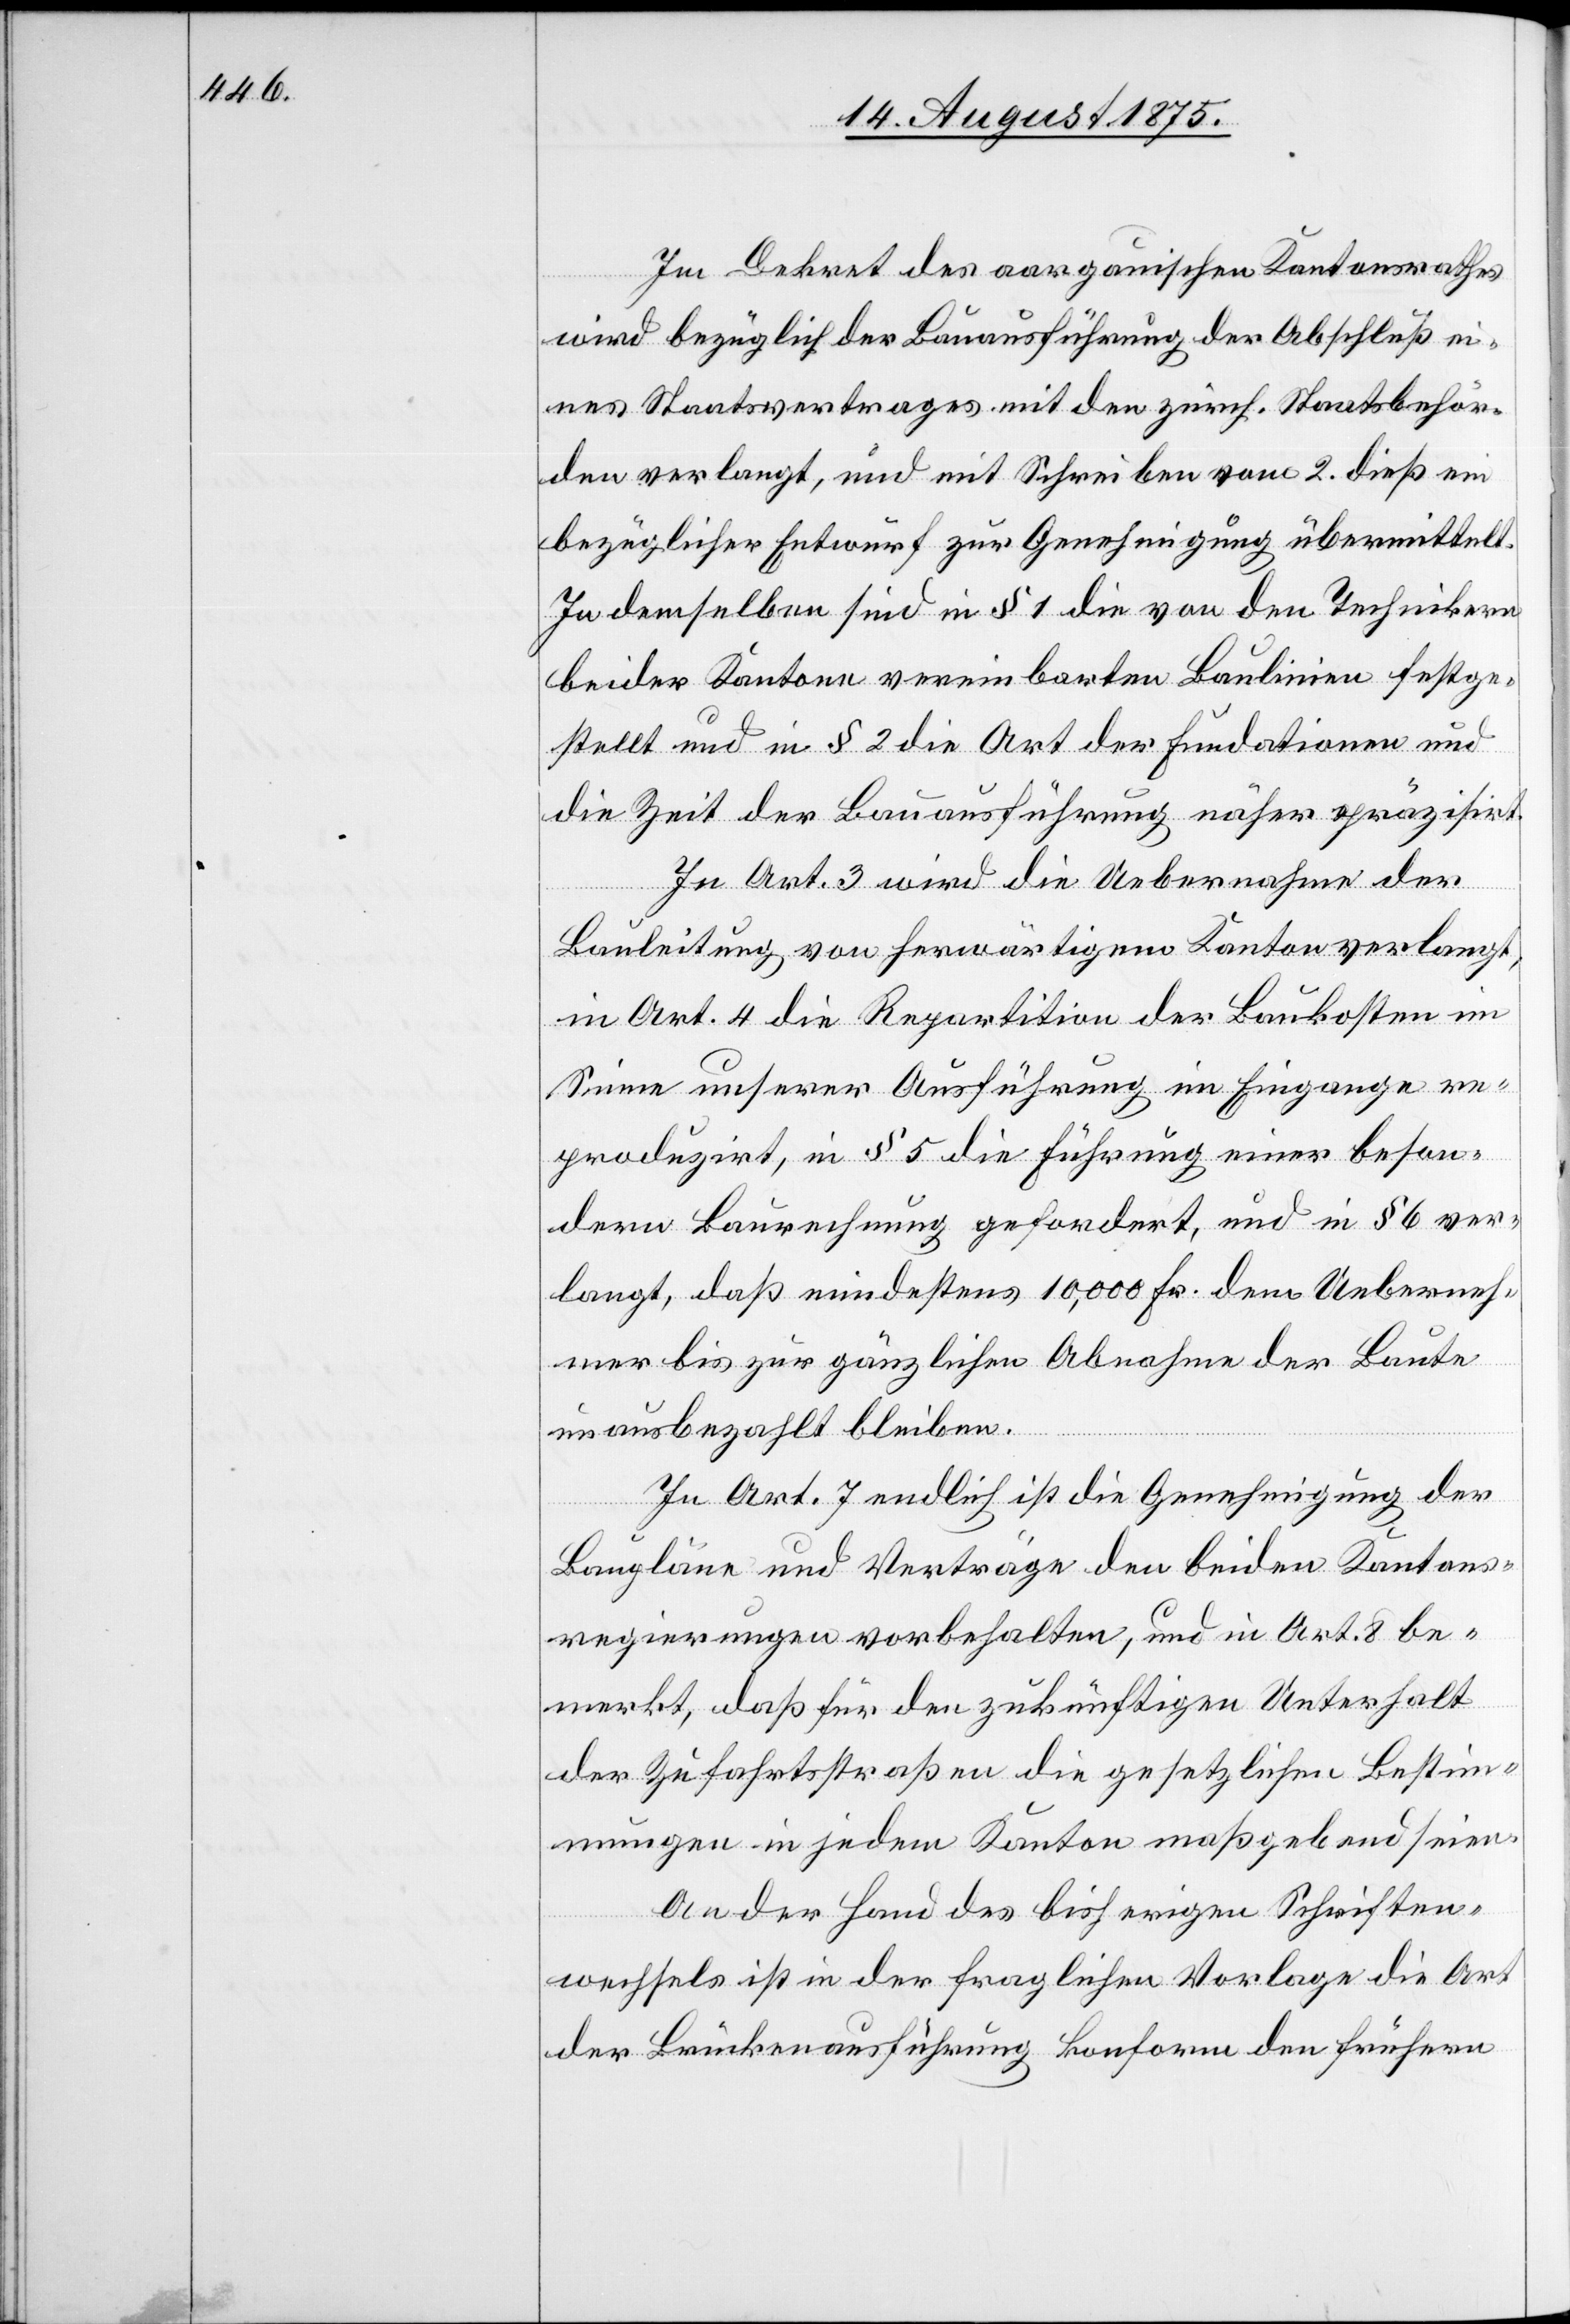
Im Dekret des aargauischen Kantonsrathes
wird bezüglich der Bauausführung der Abschluß ei¬
nes Staatsvertrages mit den zürch. Staatsbehör¬
den verlangt, und mit Schreiben vom 2. dieß ein
bezüglicher Entwurf zur Genehmigung übermittelt.
In demselben sind in § 1 die von den Technikern
beider Kantone vereinbarten Baulinien festge¬
stellt und in § 2 die Art der Fundationen und
die Zeit der Bauausführung näher präzisirt.
In Art. 3 wird die Uebernahme der
Bauleitung von herwärtigem Kanton verlangt,
in Art. 4 die Reparation der Baukosten im
Sinne unserer Ausführung im Eingange re¬
produzirt, in § 5 die Führung einer beson¬
dern Baurechnung gefordert, und in § 6 ver¬
langt, daß mindestens 10,000 Fr. dem Ueberneh¬
mer bis zur gänzlichen Abnahme der Baute
unausbezahlt bleiben.
In Art. 7 endlich ist die Genehmigung der
Baupläne und Verträge den beiden Kantons¬
regierungen vorbehalten, und in Art. 8 be¬
merkt, daß für den zukünftigen Unterhalt
der Zufahrtsstraßen die gesetzlichen Bestim¬
mungen in jedem Kanton maßgebend seien.
An der Hand des bisherigen Schriften¬
wechsels ist in der fraglichen Vorlage die Art
der Brückenausführung konform den frühern